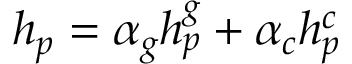
h _ { p } = \alpha _ { g } h _ { p } ^ { g } + \alpha _ { c } h _ { p } ^ { c }